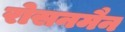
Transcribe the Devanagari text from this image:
रोसनमैन